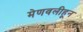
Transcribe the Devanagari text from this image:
मेणवलीहून